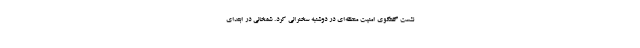
نشست گفتگوی امنیت منطقه‌ای در دوشنبه سخنرانی کرد. شمخانی در ابتدای